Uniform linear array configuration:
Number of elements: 24
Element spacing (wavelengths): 1
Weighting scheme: exponential
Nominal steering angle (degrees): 30
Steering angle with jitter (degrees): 29.136
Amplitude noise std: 0.05
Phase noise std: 0.05

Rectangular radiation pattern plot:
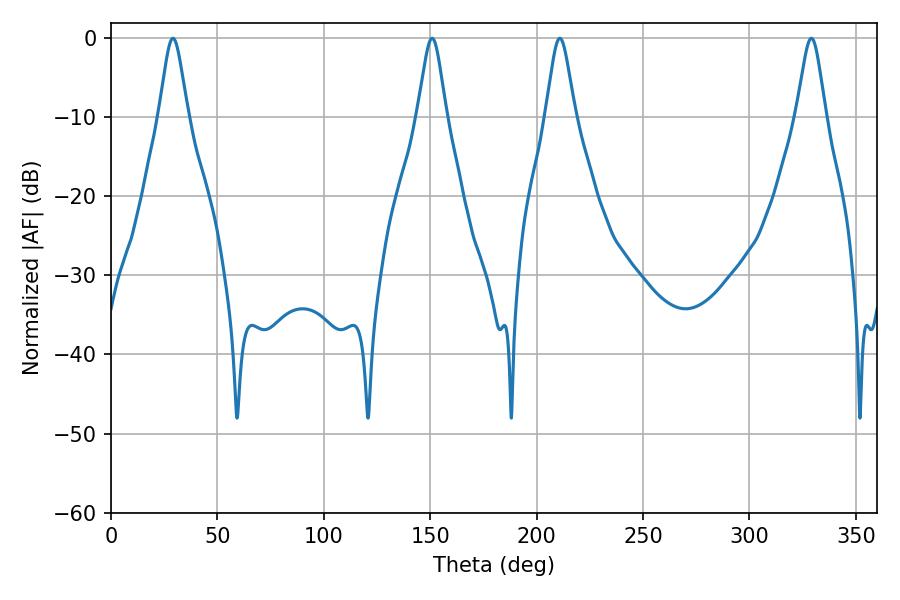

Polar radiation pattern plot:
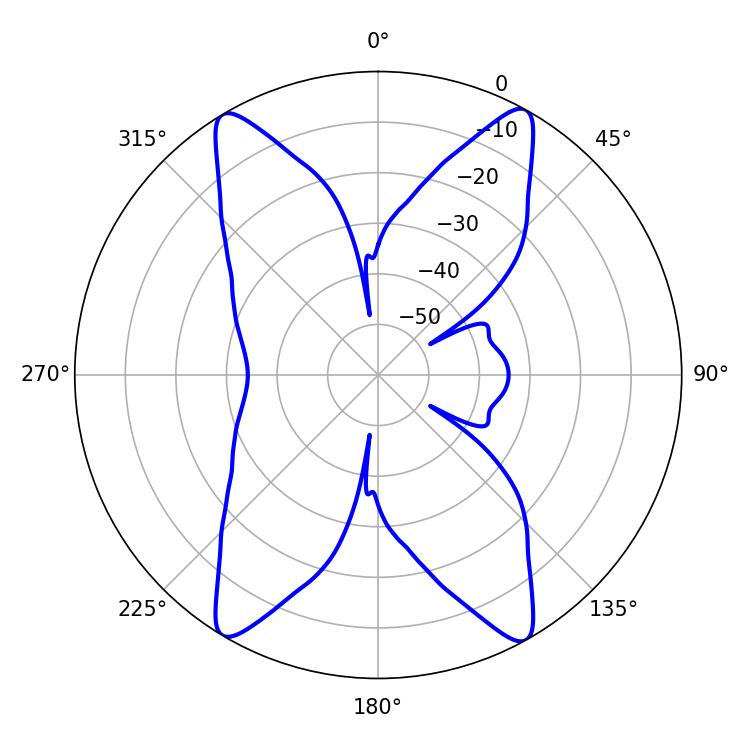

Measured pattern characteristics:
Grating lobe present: TRUE
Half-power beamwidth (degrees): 6.48
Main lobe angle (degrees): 29.16